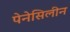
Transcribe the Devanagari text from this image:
पेनेसिलीन